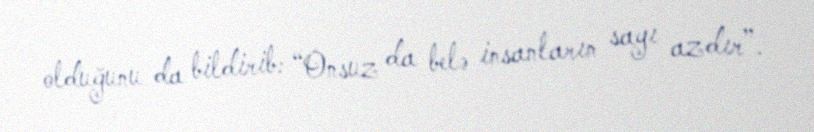
olduğunu da bildirib: “Onsuz da belə insanların sayı azdır”.